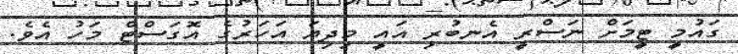
ގައުމީ ޓީމަށް ނަސްރީ އެނބުރި އައީ މިދިޔަ އަހަރުގެ އޮގަސްޓް މަހު އެވެ.